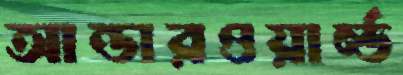
আন্ডারওয়ার্ল্ড